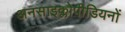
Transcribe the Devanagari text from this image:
अनसाइक्लोपीडियनों